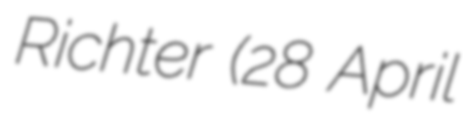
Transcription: Richter (28 April